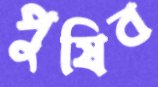
পুষিব